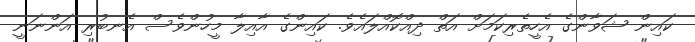
ކައިން ޝަވާންގެ އެހީތެރިކަމަށް އަތް ދިއްކޮއްލައެވެ. ކައިންގެ އާއިލާ މީހުންވެސް އެނބުރި އަންނަނީ